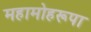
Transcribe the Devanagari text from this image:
महामोहरूपा